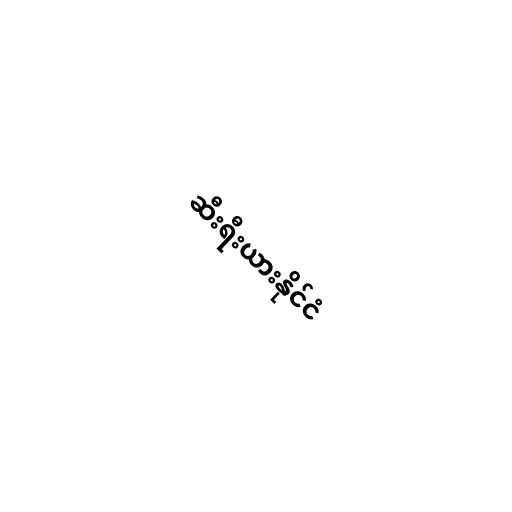
ဆီးရီးယားနိုင်ငံ